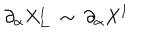
\partial _ { \alpha } X _ { L } ^ { i } ~ \sim ~ \partial _ { \alpha } X ^ { I }